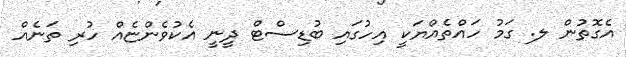
އެގޮތުން ލ. ގަމު ހައްތެއްޔަކީ އިހުގައި ބުޑިސްޓް ދީނީ އެކުވެންޏެއް ހުރި ތަނެއް